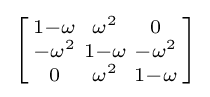
\left[{\begin{smallmatrix}1-\omega &\omega ^{2}&0\\-\omega ^{2}&1-\omega &-\omega ^{2}\\0&\omega ^{2}&1-\omega \end{smallmatrix}}\right]